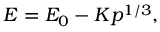
E = E _ { 0 } - K p ^ { 1 / 3 } ,